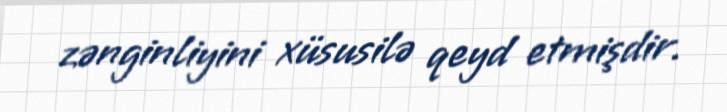
zənginliyini xüsusilə qeyd etmişdir.